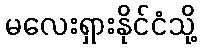
မလေးရှားနိုင်ငံသို့